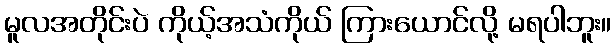
မူလအတိုင်းပဲ ကိုယ့်အသံကိုယ် ကြားယောင်လို့ မရပါဘူး။